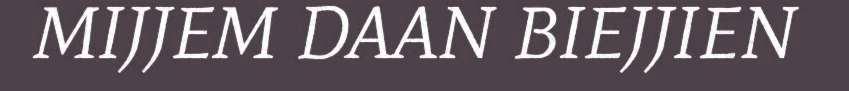
MIJJEM DAAN BIEJJIEN